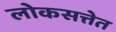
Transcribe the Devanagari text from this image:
लोकसत्तेत